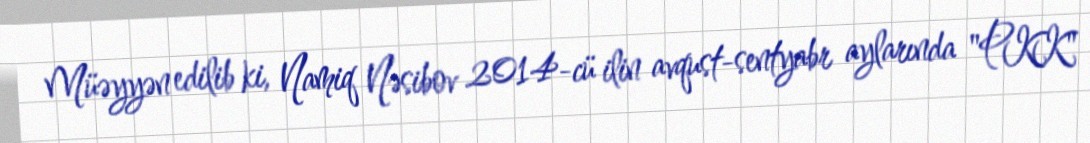
Müəyyən edilib ki, Namiq Nəsibov 2014-cü ilin avqust-sentyabr aylarında "PKK"